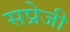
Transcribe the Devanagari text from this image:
सप्रेजी